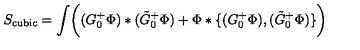
S _ { \mathrm { c u b i c } } = \int \biggl ( ( G _ { 0 } ^ { + } \Phi ) * ( \tilde { G } _ { 0 } ^ { + } \Phi ) + \Phi * \{ ( G _ { 0 } ^ { + } \Phi ) , ( \tilde { G } _ { 0 } ^ { + } \Phi ) \} \biggr )